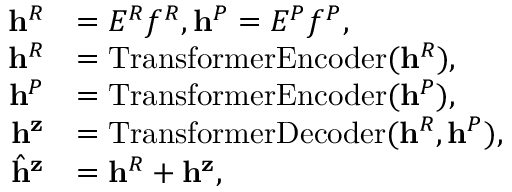
\begin{array} { r l } { \mathbf { h } ^ { R } } & { = E ^ { R } f ^ { R } , \mathbf { h } ^ { P } = E ^ { P } f ^ { P } , } \\ { \mathbf { h } ^ { R } } & { = \mathrm { T r a n s f o r m e r E n c o d e r } ( \mathbf { h } ^ { R } ) , } \\ { \mathbf { h } ^ { P } } & { = \mathrm { T r a n s f o r m e r E n c o d e r } ( \mathbf { h } ^ { P } ) , } \\ { \mathbf { h } ^ { \mathbf { z } } } & { = \mathrm { T r a n s f o r m e r D e c o d e r } ( \mathbf { h } ^ { R } , \mathbf { h } ^ { P } ) , } \\ { \hat { \mathbf { h } } ^ { \mathbf { z } } } & { = \mathbf { h } ^ { R } + \mathbf { h } ^ { \mathbf { z } } , } \end{array}